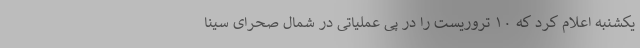
یکشنبه اعلام کرد که ۱۰ تروریست را در پی عملیاتی در شمال صحرای سینا